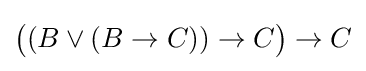
{\big (}(B\lor (B\to C))\to C{\big )}\to C